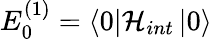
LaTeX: E_{0}^{(1)}=\left\langle 0\right|\mathcal{H}_{int}\left|0\right\rangle